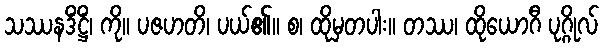
သဿနဒိံဋ္ဌိံ၊ ကို။ ပဇဟတိ၊ ပယ်၏။ စ၊ ထိုမှတပါး။ တဿ၊ ထိုယောဂီ ပုဂ္ဂိုလ်